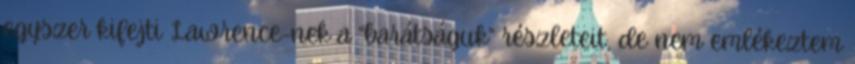
egyszer kifejti Lawrence-nek a “barátságuk” részleteit, de nem emlékeztem